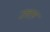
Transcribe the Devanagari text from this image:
उत्तम़